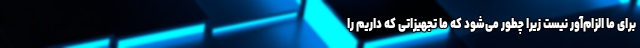
برای ما الزام‌آور نیست زیرا چطور می‌شود که ما تجهیزاتی که داریم را